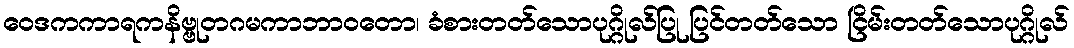
ဝေဒကကာရကနိဗ္ဗုတဂမကာဘာဝတော၊ ခံစားတတ်သောပုဂ္ဂိုလ်ပြု ပြင်တတ်သော ငြိမ်းတတ်သောပုဂ္ဂိုလ်